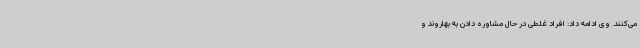
می‌کنند. وی ادامه داد: افراد غلطی در حال مشاوره دادن به بهاروند و